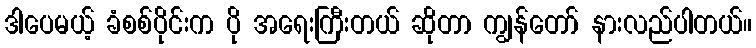
ဒါပေမယ့် ခံစစ်ပိုင်းက ပို အရေးကြီးတယ် ဆိုတာ ကျွန်တော် နားလည်ပါတယ်။